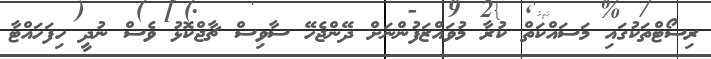
ރިސޯޓްތަކުގައި މަސައްކަތް ކުރާ މުވައްޒަފުންނަށް ދޭންޖެހޭ ސާވިސް ޗާޖްކޮޅު ވެސް ނުދީ ހިފަހައްޓާ